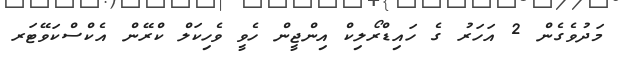
މަދުވެގެން 2 އަހަރު ގެ ހައިޑްރޯލިކް އިންޖީން ހެވީ ވެހިކަލް ކްރޭން އެކްސްކަވޭޓަރ